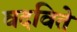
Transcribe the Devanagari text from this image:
वदविते